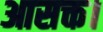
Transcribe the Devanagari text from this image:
आसक्त।